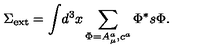
\Sigma _ { \mathrm { e x t } } = \displaystyle { \int } d ^ { 3 } x \sum _ { \Phi = A _ { \mu } ^ { a } , c ^ { a } } \Phi ^ { * } s \Phi .